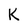
Character: K